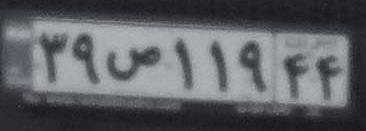
۳۹ص۱۱۹۴۴